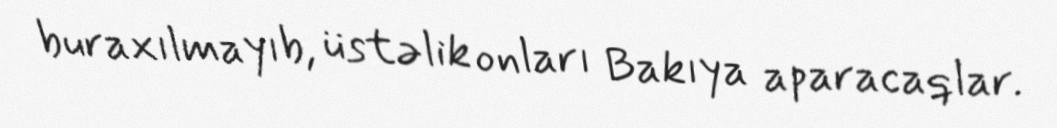
buraxılmayıb, üstəlik onları Bakıya aparacaqlar.